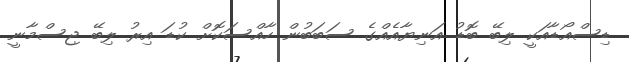
ޑިސްއޯޑާއަކީ ލިބޭ ބޮޑު އަނިޔާއެއްގެ ސަބަބުން ހާއްސަކޮށް ކުޑަ އިރު ލިބޭ ޖިސްމާނީ